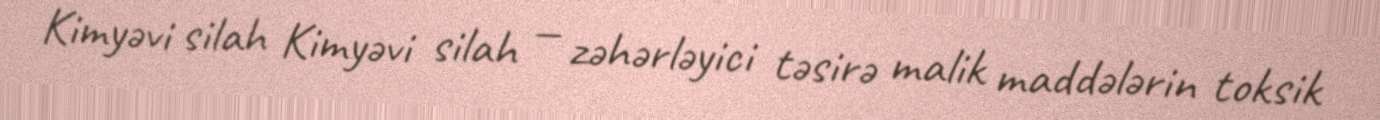
Kimyəvi silah Kimyəvi silah — zəhərləyici təsirə malik maddələrin toksik